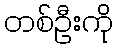
တစ်ဦးကို